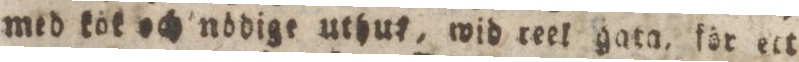
med kök och nödige uthut, wid reel gata, för ett